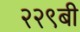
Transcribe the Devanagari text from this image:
२२९बी